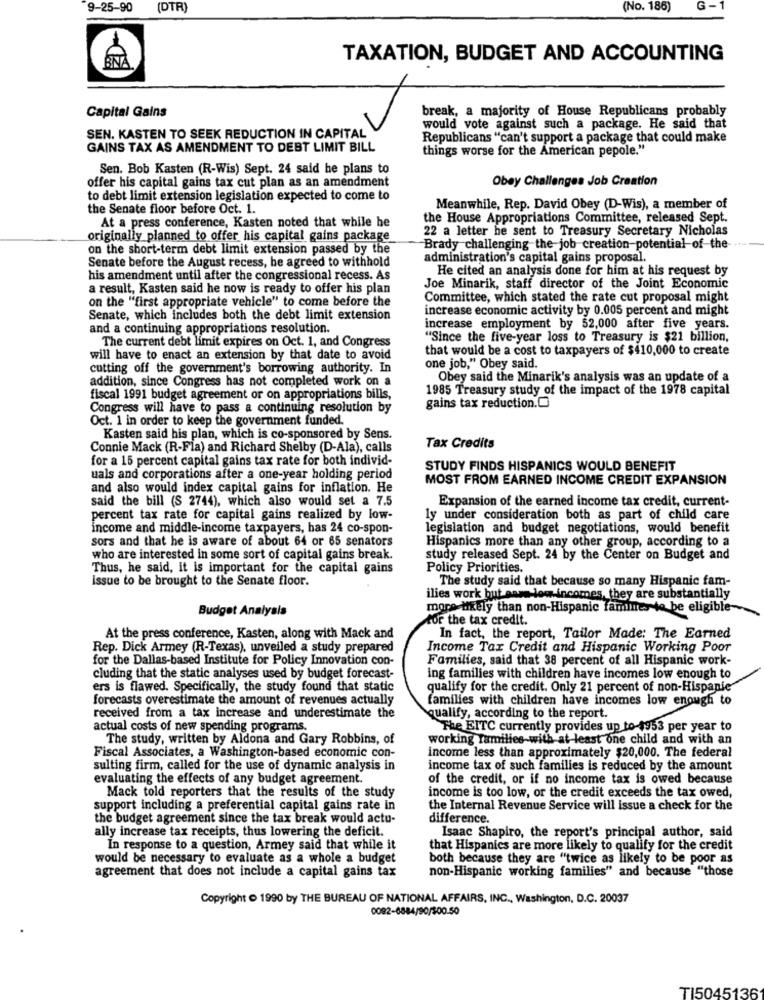
9-25-90 (DTR)
(No. 186)
G-
TAXATION, BUDGET AND ACCOUNTING
break, a majority of House Republicans probably
Capital Gains
would vote against such a package. He said that
SEN. KASTEN TO SEEK REDUCTION IN CAPITAL
Republicans "can't support a package that could make
GAINS TAX AS AMENDMENT TO DEBT LIMIT BILL
things worse for the American pepole."
Sen. Bob Kasten (R-Wis) Sept. 24 said he plans to
offer his capital gains tax cut plan as an amendment
Obey Challenges Job Creation
to debt limit extension legislation expected to come to
the Senate floor before Oct. 1.
Meanwhile, Rep. David Obey (D-Wis), a member of
the House Appropriations Committee, released Sept.
At a press conference, Kasten noted that while he
22 a letter he sent to Treasury Secretary Nicholas
originally planned to offer his capital gains package
on the short-term debt limit extension passed by the
Brady challenging the job creation-potential of the
Senate before the August recess, he agreed to withhold
administration's capital gains proposal.
He cited an analysis done for him at his request by
his amendment until after the congressional recess. As
a result, Kasten said he now is ready to offer his plan
Joe Minarik, staff director of the Joint Economic
on the "first appropriate vehicle" to come before the
Committee, which stated the rate cut proposal might
increase economic activity by 0.005 percent and might
Senate, which includes both the debt limit extension
and a continuing appropriations resolution.
increase employment by 52,000 after five years.
The current debt limit expires on Oct. 1, and Congress
"Since the five-year loss to Treasury is $21 billion,
that would be a cost to taxpayers of $410,000 to create
will have to enact an extension by that date to avoid
cutting off the government's borrowing authority. In
one job," Obey said.
addition, since Congress has not completed work on a
Obey said the Minarik's analysis was an update of a
1985 Treasury study of the impact of the 1978 capital
fiscal 1991 budget agreement or on appropriations bills,
Congress will have to pass a continuing resolution by
gains tax reduction.O
Oct. 1 in order to keep the government funded.
Kasten said his plan, which is co-sponsored by Sens.
Connie Mack (R-Fla) and Richard Shelby (D-Ala), calls
Tax Credits
for a 15 percent capital gains tax rate for both individ-
STUDY FINDS HISPANICS WOULD BENEFIT
uals and corporations after a one-year holding period
MOST FROM EARNED INCOME CREDIT EXPANSION
and also would index capital gains for inflation. He
said the bill (S 2744), which also would set a 7.5
Expansion of the earned income tax credit, current-
percent tax rate for capital gains realized by low-
ly under consideration both as part of child care
income and middle-income taxpayers, has 24 co-spon-
legislation and budget negotiations, would benefit
sors and that he is aware of about 64 or 65 senators
Hispanics more than any other group, according to a
who are interested in some sort of capital gains break.
study released Sept. 24 by the Center on Budget and
Thus, he said, it is important for the capital gains
Policy Priorities.
issue to be brought to the Senate floor.
The study said that because so many Hispanic fam-
ilies work but aase low incomes, they are substantially
Budget Analysis
more tely than non-Hispanic famines to be eligible-
cor the tax credit.
At the press conference, Kasten, along with Mack and
In fact, the report, Tailor Made: The Earned
Rep. Dick Armey (R-Texas), unveiled a study prepared
Income Tax Credit and Hispanic Working Poor
for the Dallas-based Institute for Policy Innovation con-
Families, said that 38 percent of all Hispanic work-
cluding that the static analyses used by budget forecast-
ing families with children have incomes low enough to
ers is flawed. Specifically, the study found that static
qualify for the credit. Only 21 percent of non-Hispanic
forecasts overestimate the amount of revenues actually
families with children have incomes low enough to
received from a tax increase and underestimate the
qualify, according to the report.
actual costs of new spending programs.
The EITC currently provides up to 1953 per year to
The study, written by Aldona and Gary Robbins, of
working families-with at least one child and with an
income less than approximately $20,000. The federal
Fiscal Associates, a Washington-based economic con-
sulting firm, called for the use of dynamic analysis in
income tax of such families is reduced by the amount
evaluating the effects of any budget agreement.
of the credit, or if no income tax is owed because
Mack told reporters that the results of the study
income is too low, or the credit exceeds the tax owed,
support including a preferential capital gains rate in
the Internal Revenue Service will issue a check for the
the budget agreement since the tax break would actu-
difference.
ally increase tax receipts, thus lowering the deficit.
Isaac Shapiro, the report's principal author, said
In response to a question, Armey said that while it
that Hispanics are more likely to qualify for the credit
would be necessary to evaluate as a whole a budget
both because they are "twice as likely to be poor as
non-Hispanic working families" and because "those
agreement that does not include a capital gains tax
Copyright 1990 by THE BUREAU OF NATIONAL AFFAIRS, INC ., Washington, D.C. 20037
0092-6884/90/500-50
TI5045136